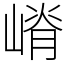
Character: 嵴